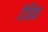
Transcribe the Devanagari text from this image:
देहिक